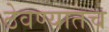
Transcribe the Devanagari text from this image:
ठेवण्यातच